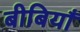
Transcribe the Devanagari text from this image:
बीबियाँ